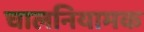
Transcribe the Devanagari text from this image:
चालनियामक